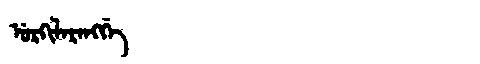
Manchu: ᡠᡵᡴᡳᠯᠠᡵᠠᠩᡤᡝ
Romanization: URKILARANGGE